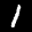
Label: 1